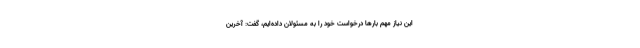
این نیاز مهم بارها درخواست خود را به مسئولان داده‌ایم، گفت: آخرین